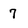
Character: 7